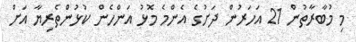
މި މުބާރާތުން 21 އަހަރުން ދަށުގެ އެންމެ މޮޅު އަންހެން ކުޅުންތެރިޔާ އަށް